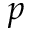
p